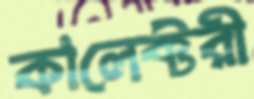
কালেক্টরী